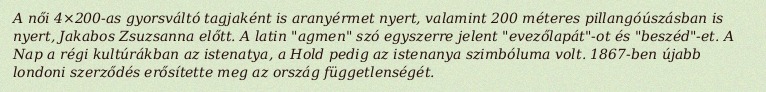
A női 4×200-as gyorsváltó tagjaként is aranyérmet nyert, valamint 200 méteres pillangóúszásban is nyert, Jakabos Zsuzsanna előtt. A latin "agmen" szó egyszerre jelent "evezőlapát"-ot és "beszéd"-et. A Nap a régi kultúrákban az istenatya, a Hold pedig az istenanya szimbóluma volt. 1867-ben újabb londoni szerződés erősítette meg az ország függetlenségét.